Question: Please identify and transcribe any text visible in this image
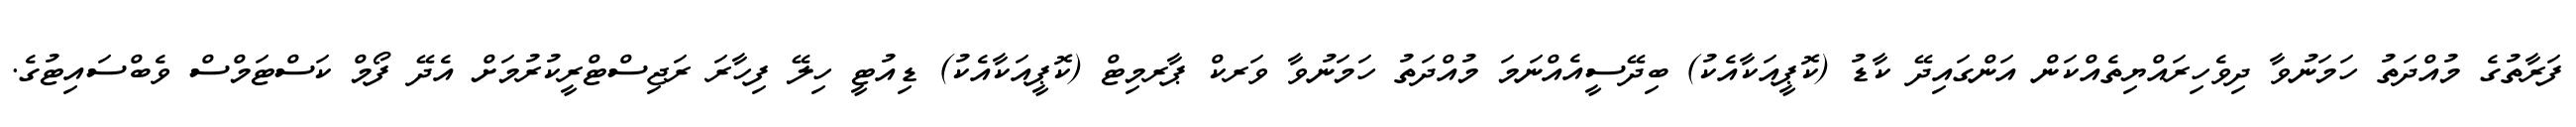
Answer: ފަރާތުގެ މުއްދަތު ހަމަނުވާ ދިވެހިރައްޔިތެއްކަން އަންގައިދޭ ކާޑު (ކޮޕީއަކާއެކު) ބިދޭސީއެއްނަމަ މުއްދަތު ހަމަނުވާ ވަރކް ޕާރމިޓް (ކޮޕީއަކާއެކު) ޑިއުޓީ ހިލޭ ފިހާރަ ރަޖިސްޓްރީކުރުމަށް އެދޭ ފޯމް ކަސްޓަމްސް ވެބްސައިޓުގެ.